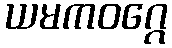
ယမကဝဂ္ဂေ